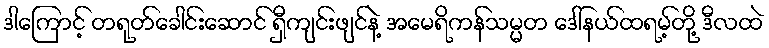
ဒါကြောင့် တရုတ်ခေါင်းဆောင် ရှီကျင်းဖျင်နဲ့ အမေရိကန်သမ္မတ ဒေါ်နယ်ထရမ့်တို့ ဒီလထဲ